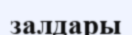
залдары